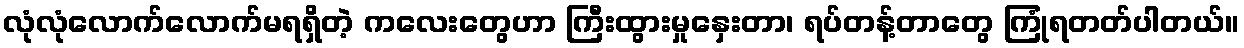
လုံလုံလောက်လောက်မရရှိတဲ့ ကလေးတွေဟာ ကြီးထွားမှုနှေးတာ၊ ရပ်တန့်တာတွေ ကြုံရတတ်ပါတယ်။